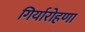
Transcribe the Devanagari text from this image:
गिर्यारोहणा